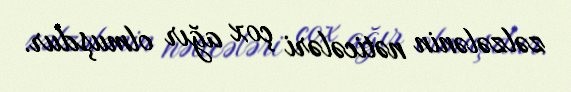
zəlzələnin nəticələri çox ağır olmuşdur.